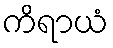
ကိရာယံ